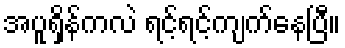
အပူရှိန်ကလဲ ရင့်ရင့်ကျက်နေပြီ။